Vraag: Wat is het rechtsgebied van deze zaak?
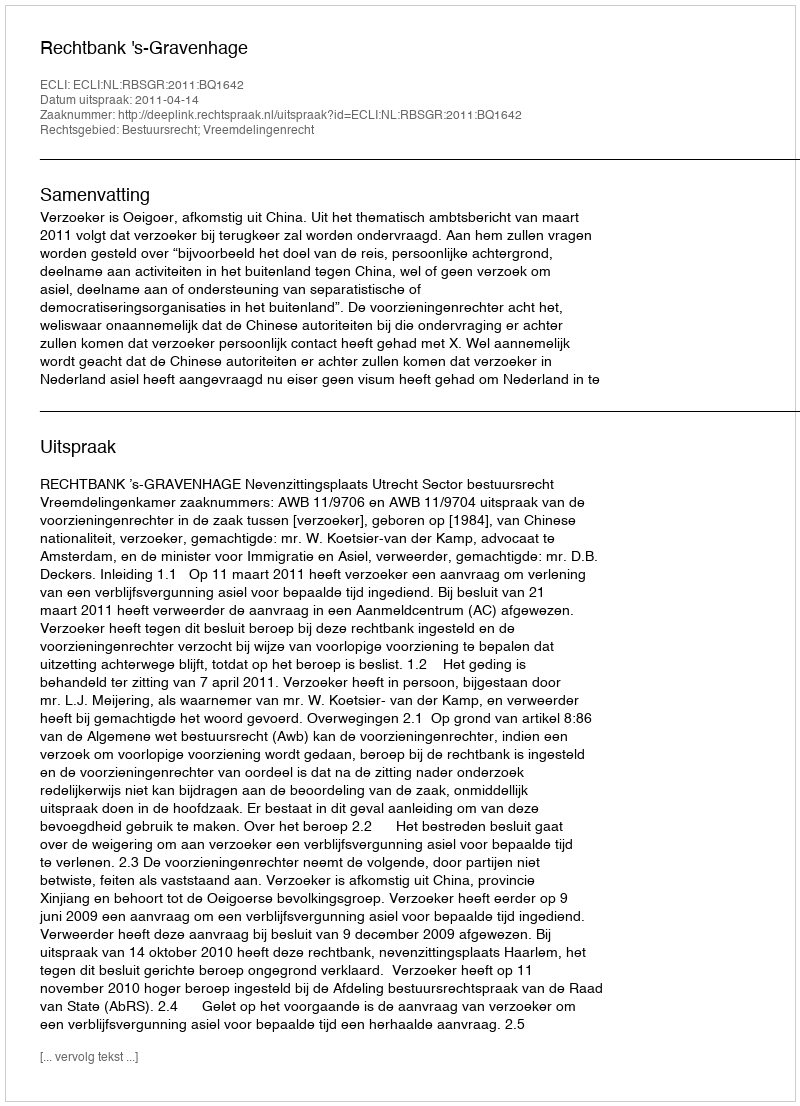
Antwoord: Bestuursrecht; Vreemdelingenrecht